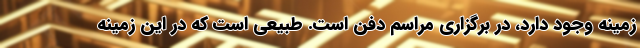
زمینه وجود دارد، در برگزاری مراسم دفن است. طبیعی است که در این زمینه